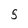
Character: 5